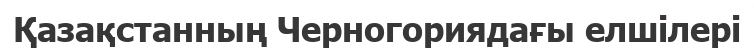
Қазақстанның Черногориядағы елшілері